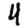
Digit: 4